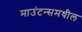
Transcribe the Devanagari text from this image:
माउंटन्समधील